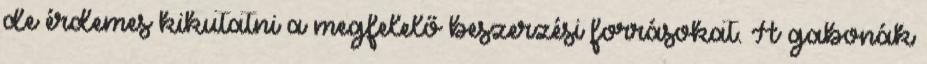
de érdemes kikutatni a megfelelő beszerzési forrásokat. A gabonák